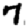
Digit: 7